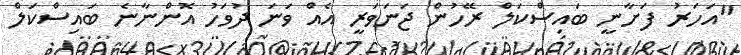
"އަހަރު ފަށާނީ ބައިސްކަލް ރޭހުން ޖަނަވަރީ އެއް ވަނަ ދުވަހު އޮންނާނެ ބައިސްކަލް